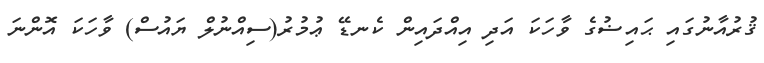
ޤުރުއާނުގައި ޙައިޟުގެ ވާހަކަ އަދި އިއްދައިން ކެނޑޭ ޢުމުރު(ސިއްނުލް ޔައުސް) ވާހަކަ އޮންނަ